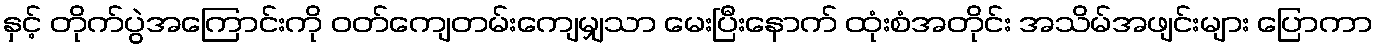
နှင့် တိုက်ပွဲအကြောင်းကို ဝတ်ကျေတမ်းကျေမျှသာ မေးပြီးနောက် ထုံးစံအတိုင်း အသိမ်အဖျင်းများ ပြောကာ